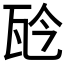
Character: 𤬯